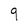
Character: 9